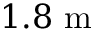
1 . 8 ~ \mathrm { m }